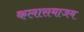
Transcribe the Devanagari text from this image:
कलासमाजम